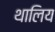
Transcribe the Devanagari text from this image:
थालिय